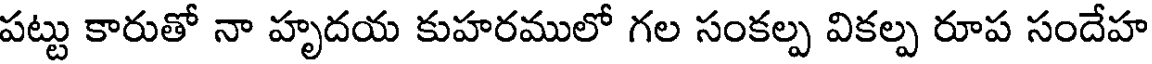
పట్టు కారుతో నా హృదయ కుహరములో గల సంకల్ప వికల్ప రూప సందేహ